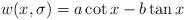
LaTeX: \begin{align*}w(x,\sigma)= a\cot x - b \tan x\end{align*}